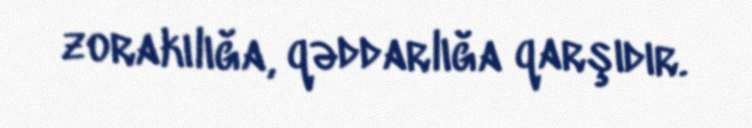
zorakılığa, qəddarlığa qarşıdır.